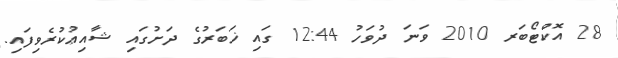
28 އޮކްޓޯބަރ 2010 ވަނަ ދުވަހު 12:44 ގައި ޚަބަރުގެ ދަށުގައި ޝާއިޢުކުރެވިފައި.